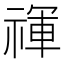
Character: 禈